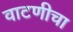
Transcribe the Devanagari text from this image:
वाटणीचा